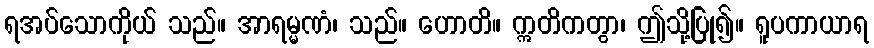
ရအပ်သောကိုယ် သည်။ အာရမ္မဏံ၊ သည်။ ဟောတိ။ ဣတိကတွာ၊ ဤသို့ပြု၍။ ရူပကာယာရ